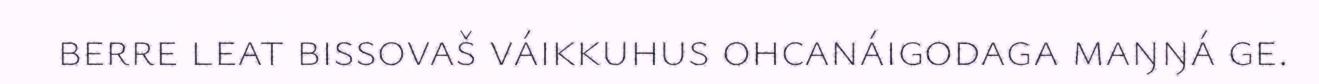
berre leat bissovaš váikkuhus ohcanáigodaga maŋŋá ge.